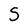
Character: S